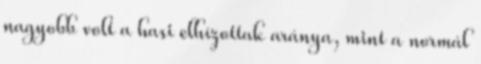
nagyobb volt a hasi elhízottak aránya, mint a normál